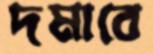
দমাবে